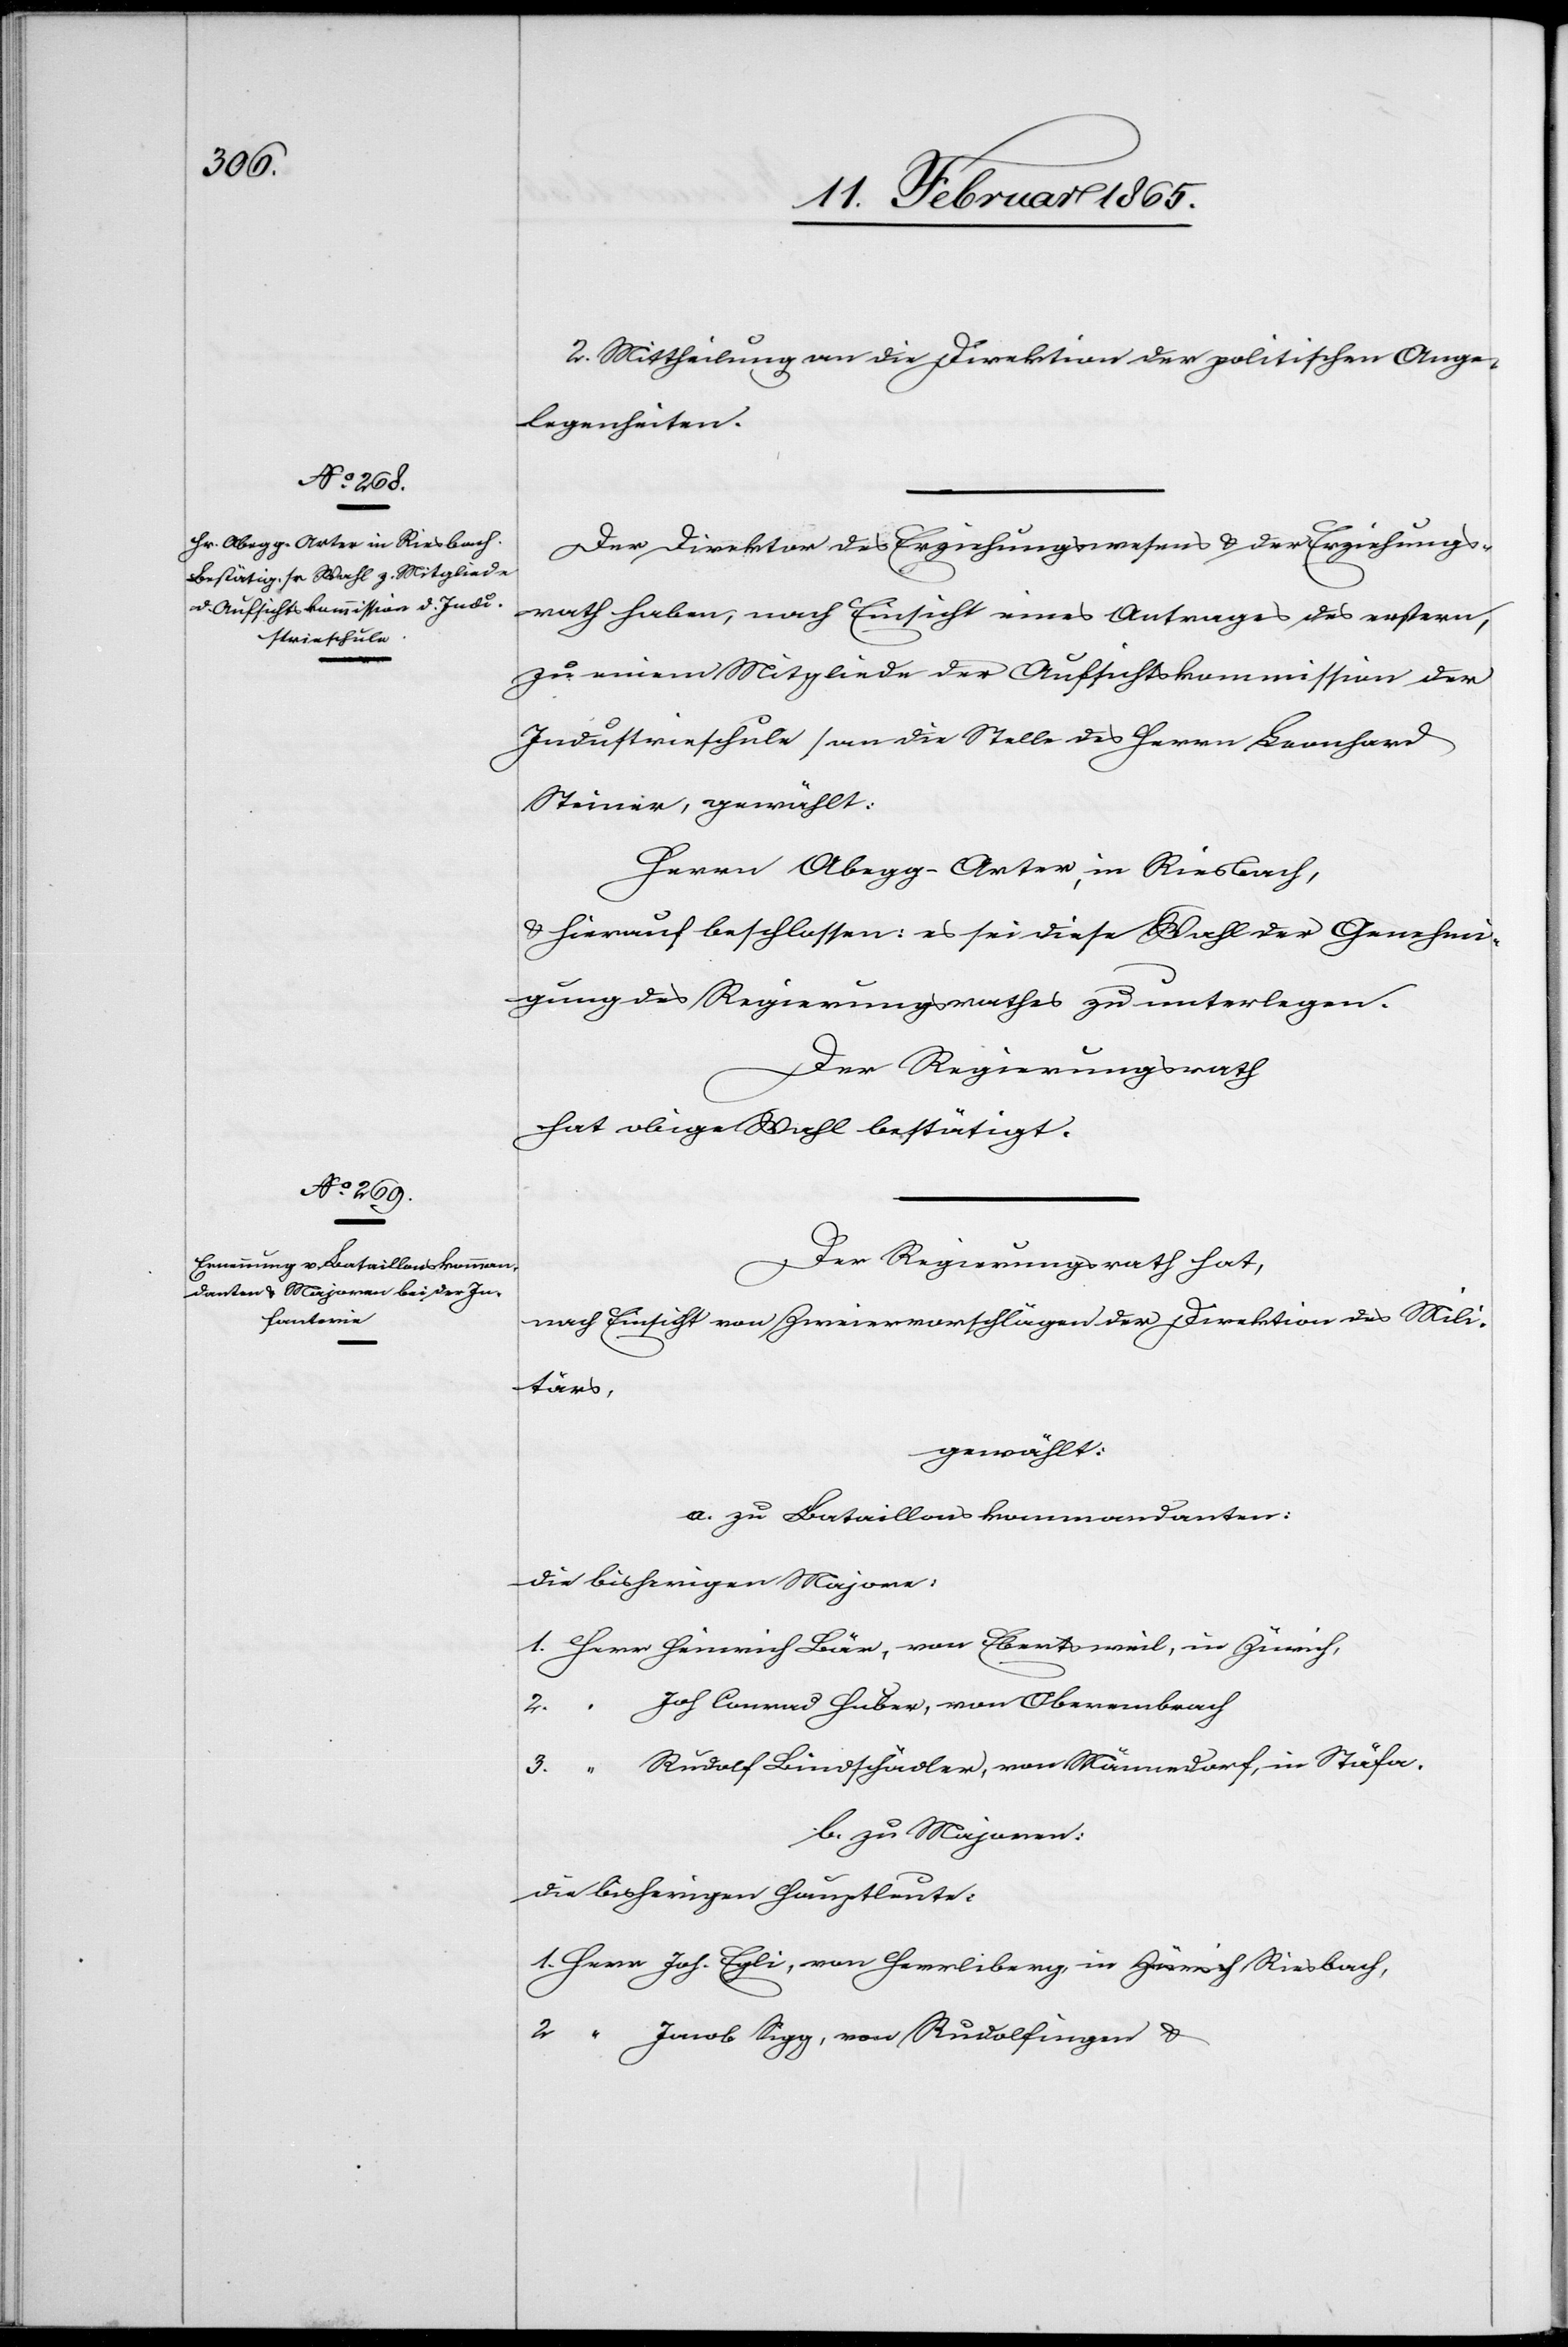
2. Mittheilung an die Direktion der politischen Ange¬
legenheiten.
Der Direktor des Erziehungswesens u. der Erziehungs¬
rath haben, nach Einsicht eines Antrages des erstern,
zu einem Mitgliede der Aufsichtskommission der
Industrieschule [an die Stelle des Herrn Leonhard
Steiner[]], gewählt:
Herrn Abegg-Arter, in Riesbach,
u. hierauf beschlossen: es sei diese Wahl der Genehmi¬
gung des Regierungsrathes zu unterlegen.
Der Regierungsrath
hat obige Wahl bestätigt.
Der Regierungsrath hat,
nach Einsicht von Zweiervorschlägen der Direktion des Mili¬
tärs,
gewählt:
a. zu Bataillonskommandanten:
Die bisherigen Majore,
1. Herr Heinrich Bär, von Ebertsweil, in Zürich,
Joh Conrad Huber, von Oberembrach
3.
Rudolf Bindschädler, von Männedorf, in Stäfa.
b. zu Majoren:
Die bisherigen Hauptleute:
1. Herr Joh. Egli, von Herrliberg, in Riesbach,
2. “ Jacob Sigg, von Rudolfingen u